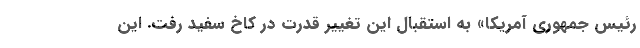
رئیس جمهوری آمریکا» به استقبال این تغییر قدرت در کاخ سفید رفت. این